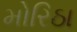
મોરિઠા